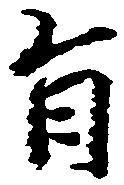
旨